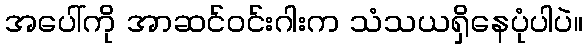
အပေါ်ကို အာဆင်ဝင်းဂါးက သံသယရှိနေပုံပါပဲ။